Vaccination in Bombay 1856-1862 - 1856-1862
Year: 1856
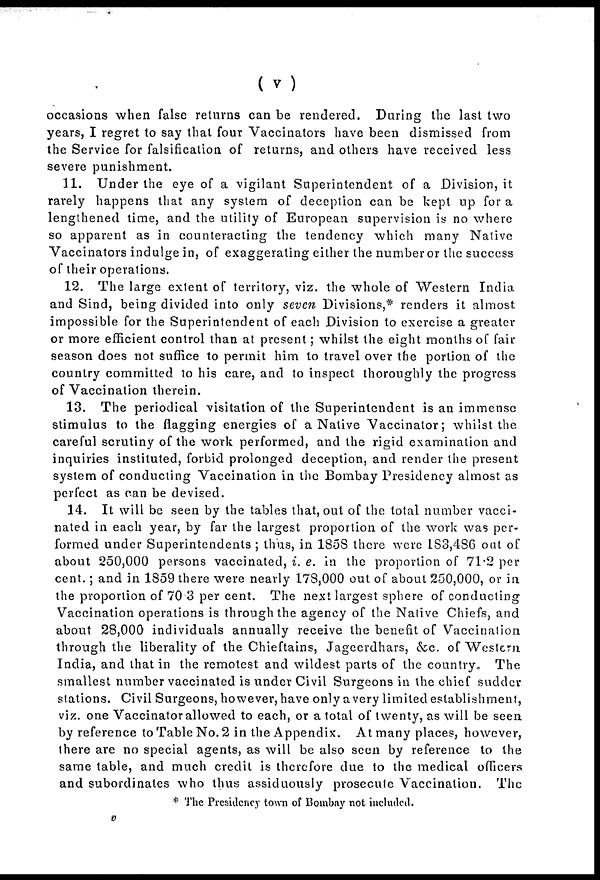
( v )
occasions when false returns can be rendered. During the last two
years, I regret to say that four Vaccinators have been dismissed from
the Service for falsification of returns, and others have received less
severe punishment.
11. Under the eye of a vigilant Superintendent of a Division, it
rarely happens that any system of deception can be kept up for a
lengthened time, and the utility of European supervision is no where
so apparent as in counteracting the tendency which many Native
Vaccinators indulge in, of exaggerating either the number or the success
of their operations.
12. The large extent of territory, viz. the whole of Western India
and Sind, being divided into only seven Divisions,* renders it almost
impossible for the Superintendent of each Division to exercise a greater
or more efficient control than at present; whilst the eight months of fair
season does not suffice to permit him to travel over the portion of the
country committed to his care, and to inspect thoroughly the progress
of Vaccination therein.
13. The periodical visitation of the Superintendent is an immense
stimulus to the flagging energies of a Native Vaccinator; whilst the
careful scrutiny of the work performed, and the rigid examination and
inquiries instituted, forbid prolonged deception, and render the present
system of conducting Vaccination in the Bombay Presidency almost as
perfect as can be devised.
14. It will be seen by the tables that, out of the total number vacci-
nated in each year, by far the largest proportion of the work was per-
formed under Superintendents ; thus, in 1858 there were 183,486 out of
about 250,000 persons vaccinated, i. e. in the proportion of 71.2 per
cent.; and in 1859 there were nearly 178,000 out of about 250,000, or in
the proportion of 70.3 per cent. The next largest sphere of conducting
Vaccination operations is through the agency of the Native Chiefs, and
about 28,000 individuals annually receive the benefit of Vaccination
through the liberality of the Chieftains, Jageerdhars, &c. of Western
India, and that in the remotest and wildest parts of the country. The
smallest number vaccinated is under Civil Surgeons in the chief sudder
stations. Civil Surgeons, however, have only a very limited establishment,
viz. one Vaccinator allowed to each, or a total of twenty, as will be seen
by reference to Table No. 2 in the Appendix. At many places, however,
there are no special agents, as will be also seen by reference to the
same table, and much credit is therefore due to the medical officers
and subordinates who thus assiduously prosecute Vaccination. The
* The Presidency town of Bombay not included.